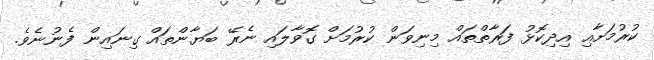
ކުރުމަށާއި އިދިކޮޅު ފަރާތްތައް މިނިވަން ކުރުމަށް ގޮވާލައި ނެރޭ ބަޔާންތައް ގިނައިން ފެނުނެވެ.